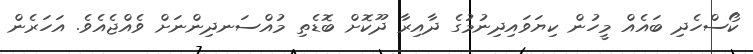
ކޯސްހެދި ބައެއް މީހުން ކިޔަވައިދިނުމުގެ ދާއިރާ ދޫކޮށް ބޮޑެތި މުއްސަނދިންނަށް ވެއްޖެއެވެ. އަހަރެން